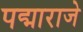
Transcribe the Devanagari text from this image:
पद्माराजे